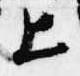
上